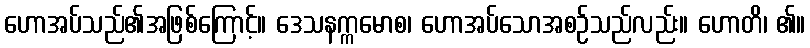
ဟောအပ်သည်၏အဖြစ်ကြောင့်။ ဒေသနက္ကမောစ၊ ဟောအပ်သောအစဉ်သည်လည်း။ ဟောတိ၊ ၏။